Report on horse surra - Volume I
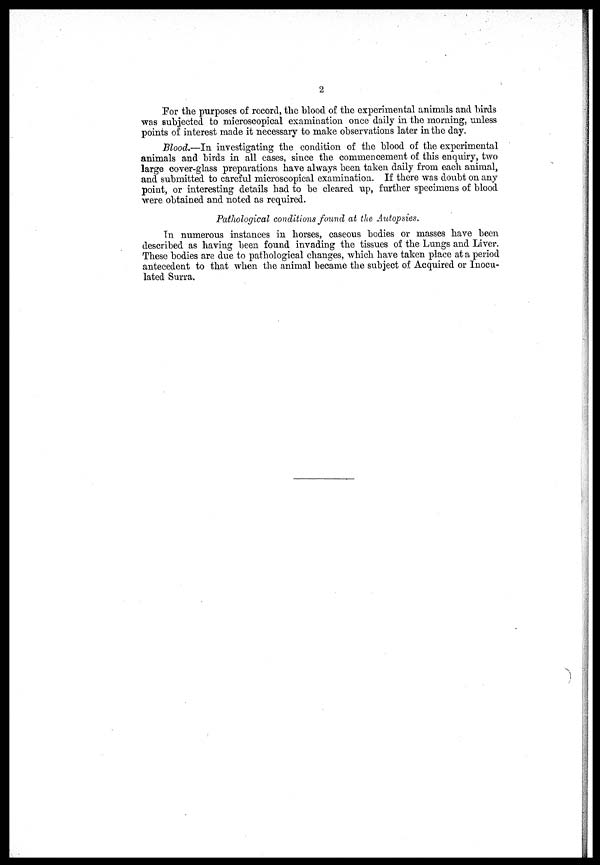
2
For the purposes of record, the blood of the experimental animals and birds
was subjected to microscopical examination once daily in the morning, unless
points of interest made it necessary to make observations later in the day.
Blood.—In investigating the condition of the blood of the experimental
animals and birds in all cases, since the commencement of this enquiry, two
large cover-glass preparations have always been taken daily from each animal,
and submitted to careful microscopical examination. If there was doubt on any
point, or interesting details had to be cleared up, further specimens of blood
were obtained and noted as required.
Pathological conditions found at the Autopsies,
In numerous instances in horses, caseous bodies or masses have been
described as having been found invading the tissues of the Lungs and Liver.
These bodies are due to pathological changes, which have taken place at a period
antecedent to that when the animal became the subject of Acquired or Inocu-
lated Surra.